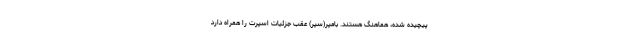
پیچیده شده، هماهنگ هستند. بامپر(سپر) عقب جزئیات اسپرت را همراه دارد